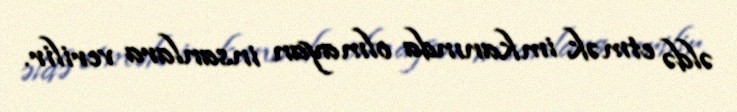
əldə etmək imkanında olmayan insanlara verilir.